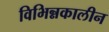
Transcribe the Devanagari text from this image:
विभिन्नकालीन